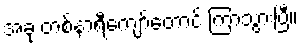
အခု တစ်နာရီကျော်တောင် ကြာသွားပြီ။